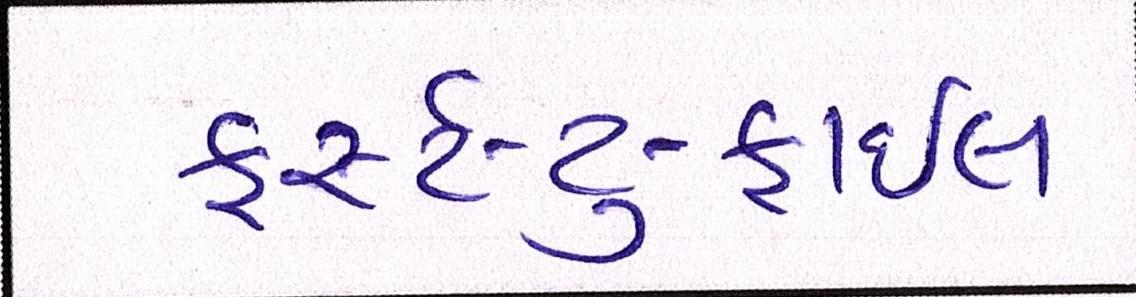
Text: ફર્સ્ટ-ટુ-ફાઇલ